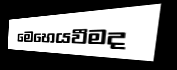
මෙහෙයවීමද